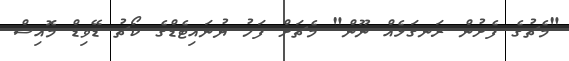
"މެޗުގެ ފެށުން ރަނގަޅެއް ނޫން" މެޗަށް ފަހު ޔުނައިޓެޑްގެ ކޯޗު ޑޭވިޑް މޮއިސް